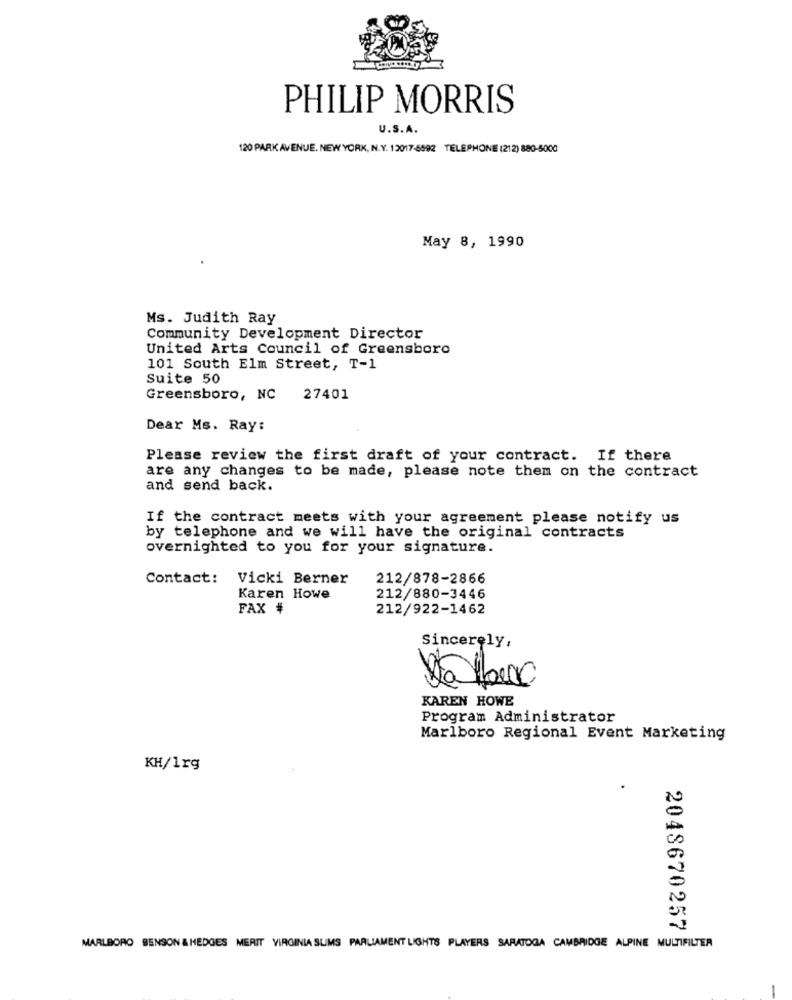
PHILIP MORRIS
U.S.A.
120 PARK AVENUE. NEW YORK, N.Y. 12017-6592 TELEPHONE (212) 880-5000
May 8, 1990
Ms. Judith Ray
Community Development Director
United Arts Council of Greensboro
101 South Elm Street, T-1
Suite 50
Greensboro, NC
27401
Dear Ms. Ray:
Please review the first draft of your contract. If there
are any changes to be made, please note them on the contract
and send back.
If the contract meets with your agreement please notify us
by telephone and we will have the original contracts
overnighted to you for your signature.
Contact:
Vicki Berner
212/878-2866
Karen Howe
212/880-3446
FAX #
212/922-1462
Sincerely,
KAREN HOWE
Program Administrator
Marlboro Regional Event Marketing
KH/1rg
2048670257
MARLBORO BENSON & HEDGES MERIT VIRGINIA SUMS PARLIAMENT LIGHTS PLAYERS SARATOGA CAMBRIDGE ALPINE MULTIFILTER